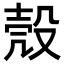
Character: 殼